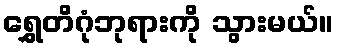
ရွှေတိဂုံဘုရားကို သွားမယ်။